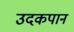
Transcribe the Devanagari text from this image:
उदकपान